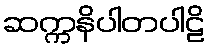
ဆက္ကနိပါတပါဠိ